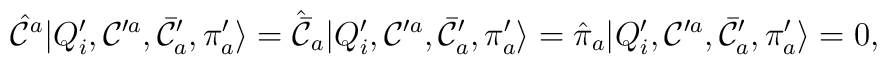
{\hat {\cal C}}^a |  Q'_i, {\cal C}^{\prime a},\bar {\cal C}^{\prime}_{ a}, {\pi}'_a \rangle =\hat {\bar {\cal C}}_a |  Q'_i, {\cal C}^{\prime a},\bar {\cal C}^{\prime}_{ a}, {\pi}'_a \rangle ={\hat {\pi}}_a |  Q'_i, {\cal C}^{\prime a},\bar {\cal C}^{\prime}_{ a}, {\pi}'_a \rangle =0,